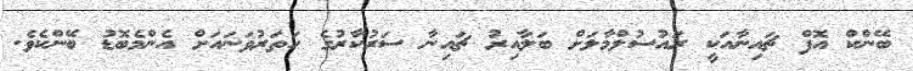
ބޭންކް އޮފް ޗައިނާއަކީ ރައުސުލްމާލަށް ބަލާއިރު ޗައިނާ ސަރުކާރުގެ ހަތަރުވަނައަށް އެންމެބޮޑު ބޭންކެވެ.